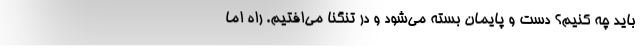
باید چه کنیم؟ دست و پایمان بسته می‌شود و در تنگنا می‌افتیم. راه اما